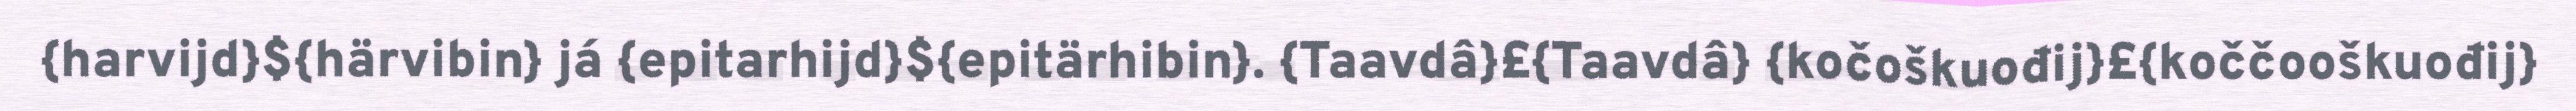
{harvijd}${härvibin} já {epitarhijd}${epitärhibin}. {Taavdâ}£{Taavdâ} {kočoškuođij}£{koččooškuođij}